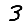
Digit: 3